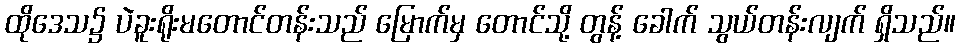
ထိုဒေသ၌ ပဲခူးရိုးမတောင်တန်းသည် မြောက်မှ တောင်သို့ တွန့် ခေါက် သွယ်တန်းလျက် ရှိသည်။